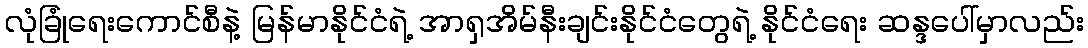
လုံခြုံရေးကောင်စီနဲ့ မြန်မာနိုင်ငံရဲ့ အာရှအိမ်နီးချင်းနိုင်ငံတွေရဲ့ နိုင်ငံရေး ဆန္ဒပေါ်မှာလည်း